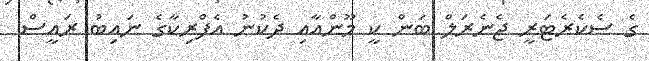
ގެ ސެކެރެޓަރީ ޖެނެރަލް ބަން ކީ މޫންއާއި ދެކުނު އެފްރިކާގެ ނައިބު ރައީސް